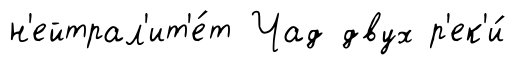
н'ейтрал'ит'е́т Чад двух р'ек'и́